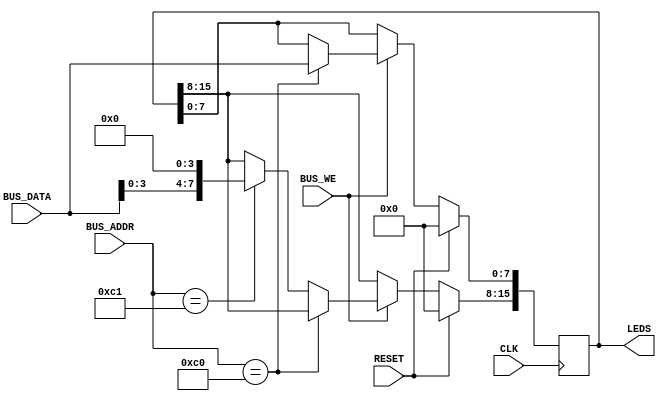
`timescale 1ns / 1ps
//////////////////////////////////////////////////////////////////////////////////
// Company: 
// Engineer: 
// 
// Design Name: 
// Module Name: LedPeripheral
// Project Name: 
// Target Devices: 
// Tool Versions: 
// Description: 
// 
// Dependencies: 
// 
// Revision:
// Revision 0.01 - File Created
// Additional Comments:
// 
//////////////////////////////////////////////////////////////////////////////////


module LedPeripheral(
    input CLK,
    input RESET,
    // bus signals
    input [7:0] BUS_ADDR,
    input [7:0] BUS_DATA,
    input BUS_WE,
    // LED output
    output reg [15:0] LEDS
    );
    
    parameter [7:0] LedBaseAddress = 8'hC0;
    
    always@(posedge CLK) begin
        if (RESET)
            LEDS <= 0;
        else if (BUS_WE) begin
            if (BUS_ADDR == LedBaseAddress)
                LEDS[7:0] <= BUS_DATA;
            else if (BUS_ADDR == LedBaseAddress + 1)
                LEDS[15:8] <= BUS_DATA << 4;
        end
    end
    
endmodule